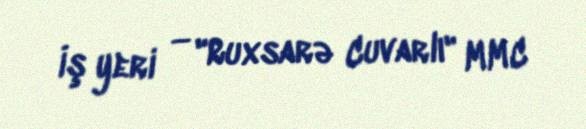
İş yeri — "Ruxsarə Cuvarlı" MMC